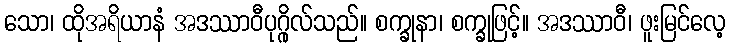
သော၊ ထိုအရိယာနံ အဒဿာဝီပုဂ္ဂိုလ်သည်။ စက္ခုနာ၊ စက္ခုဖြင့်။ အဒဿာဝီ၊ ဖူးမြင်လေ့